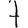
Digit: 7